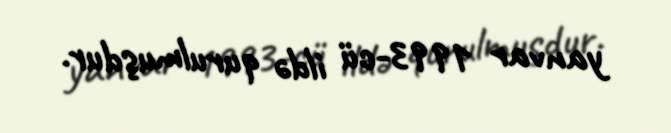
yanvar 1993-cü ildə qurulmuşdur.